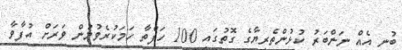
ބުނީ އެއް ނަންބަރު ކުޅުންތެރިޔާގެ ގޮތުގައި 100 ހަފްތާ ހަމަކުރެވުމުން ވަރަށް އުފާވާ